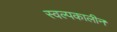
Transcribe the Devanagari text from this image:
स्वल्पकालीन